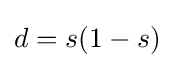
d=s(1-s)